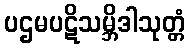
ပဌမပဋိသမ္ဘိဒါသုတ္တံ